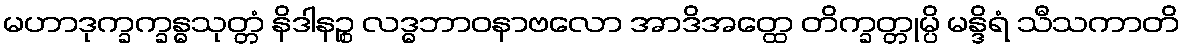
မဟာဒုက္ခက္ခန္ဓသုတ္တံ နိဒါနဉ္စ လဒ္ဓဘာဝနာဗလော အာဒိအတ္ထေ တိက္ခတ္တုမ္ပိ မန္ဒိရံ သီသကာတိ